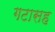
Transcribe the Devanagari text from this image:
गटासह